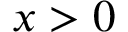
x > 0